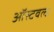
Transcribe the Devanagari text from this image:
ऑस्टवल्ड